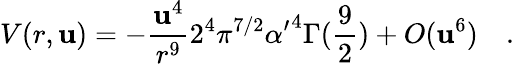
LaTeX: V(r,\mathbf{u})=-{\frac{{\mathbf{u}^{4}}}{{r^{9}}}}2^{4}\pi^{7/2}{\alpha^{\prime}}^{4}\Gamma({\frac{{9}}{{2}}})+O(\mathbf{u}^{6})\quad.